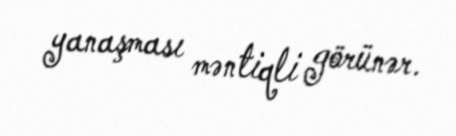
yanaşması məntiqli görünər.